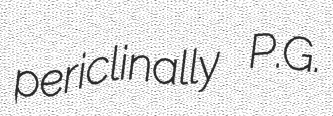
periclinally P.G.